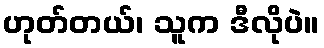
ဟုတ်တယ်၊ သူက ဒီလိုပဲ။